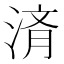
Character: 𬈀